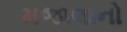
મજાલાનો